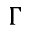
\Gamma